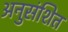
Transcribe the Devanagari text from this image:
अनुसंशित